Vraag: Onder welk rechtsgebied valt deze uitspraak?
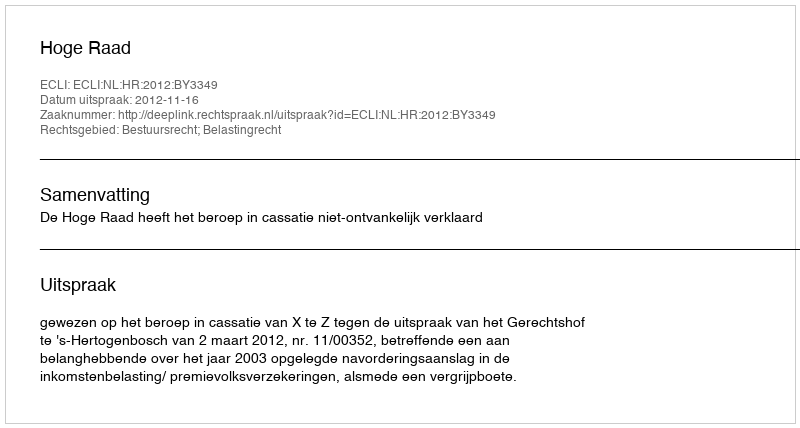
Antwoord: Bestuursrecht; Belastingrecht